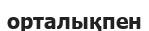
орталықпен